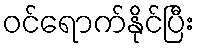
ဝင်ရောက်နိုင်ပြီး